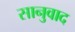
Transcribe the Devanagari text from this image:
सानुवाद